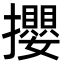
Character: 攖